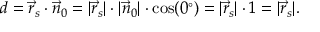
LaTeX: d = { \vec { r } } _ { s } \cdot { \vec { n } } _ { 0 } = | { \vec { r } } _ { s } | \cdot | { \vec { n } } _ { 0 } | \cdot \cos ( 0 ^ { \circ } ) = | { \vec { r } } _ { s } | \cdot 1 = | { \vec { r } } _ { s } | .